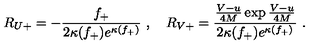
R _ { U + } = - \frac { f _ { + } } { 2 \kappa ( f _ { + } ) e ^ { \kappa ( f _ { + } ) } } \ , \quad R _ { V + } = \frac { \frac { V - u } { 4 M } \exp \frac { V - u } { 4 M } } { 2 \kappa ( f _ { + } ) e ^ { \kappa ( f _ { + } ) } } \ .